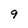
Character: 9